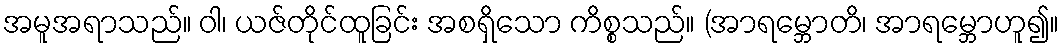
အမူအရာသည်။ ဝါ၊ ယဇ်တိုင်ထူခြင်း အစရှိသော ကိစ္စသည်။ (အာရမ္ဘောတိ၊ အာရမ္ဘောဟူ၍။